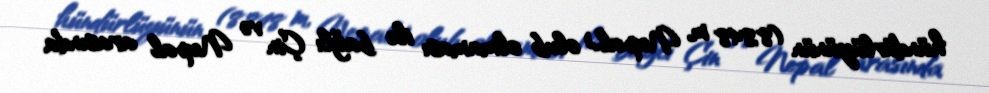
hündürlüyünün (8,848 m, Nepal) olub olmaması ilə bağlı Çin və Nepal arasında